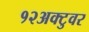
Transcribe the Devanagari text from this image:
१२अक्टुवर